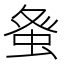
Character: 𮔇